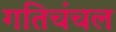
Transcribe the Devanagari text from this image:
गतिचंचल